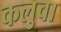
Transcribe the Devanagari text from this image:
कलुवा